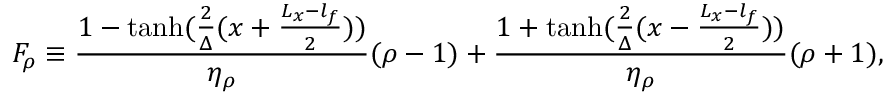
F _ { \rho } \equiv \frac { 1 - \operatorname { t a n h } ( \frac { 2 } { \Delta } ( x + \frac { L _ { x } - l _ { f } } { 2 } ) ) } { \eta _ { \rho } } ( \rho - 1 ) + \frac { 1 + \operatorname { t a n h } ( \frac { 2 } { \Delta } ( x - \frac { L _ { x } - l _ { f } } { 2 } ) ) } { \eta _ { \rho } } ( \rho + 1 ) ,